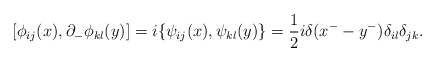
\begin{align*}[\phi_{ij}(x),\partial_{-}\phi_{kl}(y)]=i \{\psi_{ij}(x), \psi_{kl}(y)\}=\frac{1}{2}i \delta(x^{-}-y^{-})\delta_{il} \delta_{jk}.\end{align*}